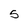
Character: 5